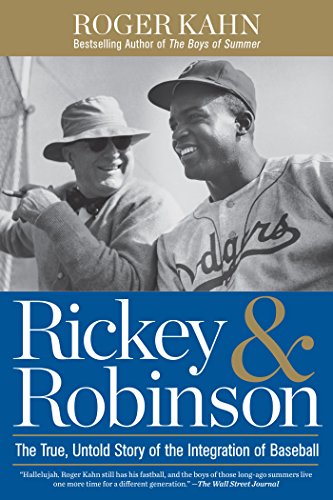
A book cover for Rickey & Robinson: The True, Untold Story of the Integration of Baseball; Roger Kahn; Sports & Outdoors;